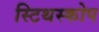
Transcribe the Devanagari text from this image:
स्टिथस्कोप